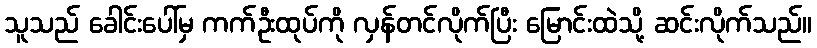
သူသည် ခေါင်းပေါ်မှ ကက်ဦးထုပ်ကို လှန်တင်လိုက်ပြီး မြောင်းထဲသို့ ဆင်းလိုက်သည်။